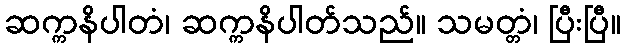
ဆက္ကနိပါတံ၊ ဆက္ကနိပါတ်သည်။ သမတ္တံ၊ ပြီးပြီ။